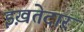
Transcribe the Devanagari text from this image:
इख़तेदार